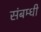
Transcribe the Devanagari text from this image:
संबम्धी